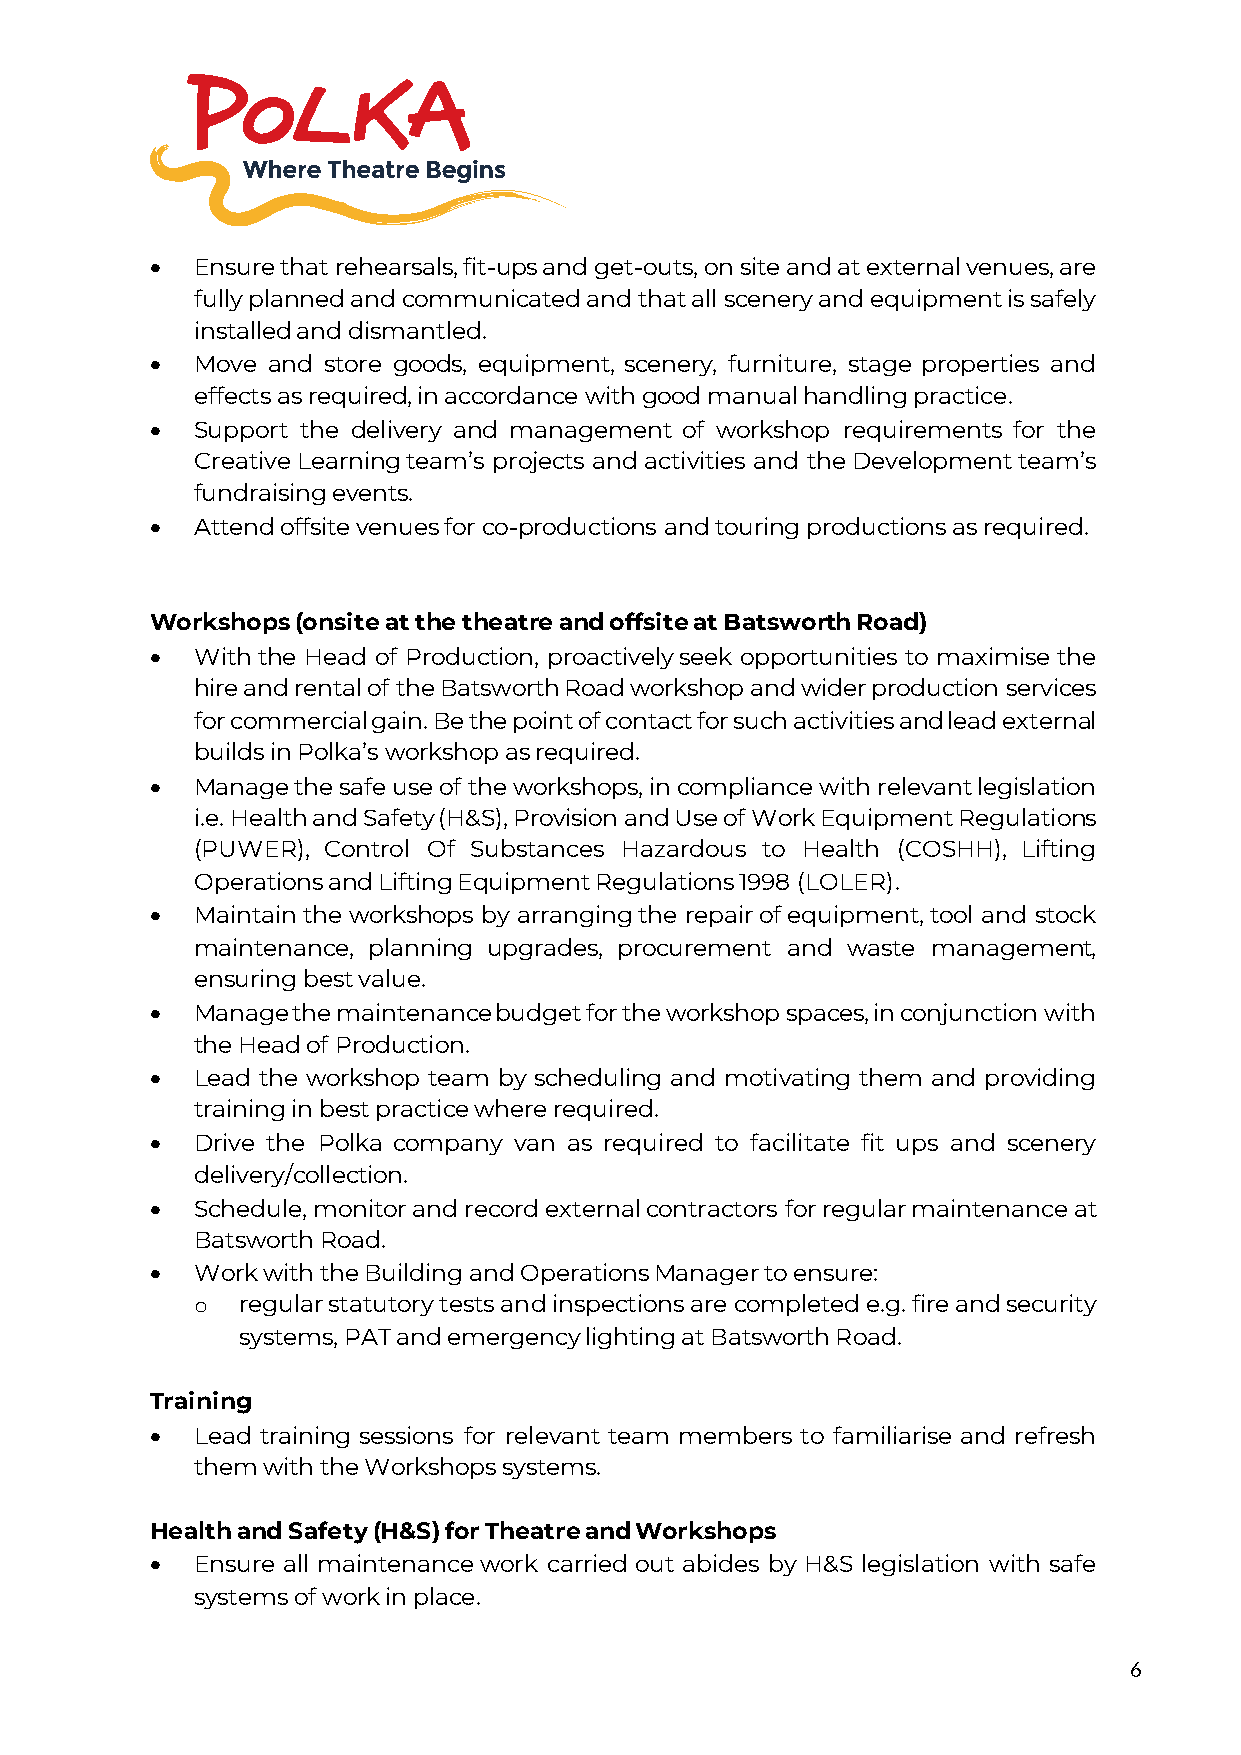
•  Ensure that rehearsals, fit-ups and get-outs, on site and at external venues, are
 fully planned and communicated and that all scenery and equipment is safely
 installed and dismantled.
 •  Move and store goods, equipment, scenery, furniture, stage properties and
 effects as required, in accordance with good manual handling practice.
 •  Support the delivery and management of workshop requirements for the
 Creative Learning team’s projects and activities and the Development team’s
 fundraising events.
 •  Attend offsite venues for co-productions and touring productions as required.
 Workshops (onsite at the theatre and offsite at Batsworth Road)
 •  With the Head of Production, proactively seek opportunities to maximise the
 hire and rental of the Batsworth Road workshop and wider production services
 for commercial gain. Be the point of contact for such activities and lead external
 builds in Polka’s workshop as required.
 •  Manage the safe use of the workshops, in compliance with relevant legislation
 i.e. Health and Safety (H&S), Provision and Use of Work Equipment Regulations
 (PUWER), Control Of Substances Hazardous to Health (COSHH), Lifting
 Operations and Lifting Equipment Regulations 1998 (LOLER).
 •  Maintain the workshops by arranging the repair of equipment, tool and stock
 maintenance, planning upgrades, procurement and waste management,
 ensuring best value.
 •  Manage the maintenance budget for the workshop spaces, in conjunction with
 the Head of Production.
 •  Lead the workshop team by scheduling and motivating them and providing
 training in best practice where required.
 •  Drive the Polka company van as required to facilitate fit ups and scenery
 delivery/collection.
 •  Schedule, monitor and record external contractors for regular maintenance at
 Batsworth Road.
 •  Work with the Building and Operations Manager to ensure:
 o  regular statutory tests and inspections are completed e.g. fire and security
 systems, PAT and emergency lighting at Batsworth Road.
 Training
 •  Lead training sessions for relevant team members to familiarise and refresh
 them with the Workshops systems.
 Health and Safety (H&S) for Theatre and Workshops
 •  Ensure all maintenance work carried out abides by H&S legislation with safe
 systems of work in place.
 6